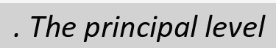
. The principal level